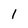
Character: l